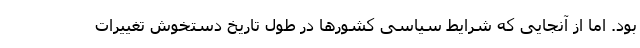
بود. اما از آنجایی که شرایط سیاسی کشورها در طول تاریخ دستخوش تغییرات